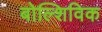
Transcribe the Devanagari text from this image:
बोल्शिविक